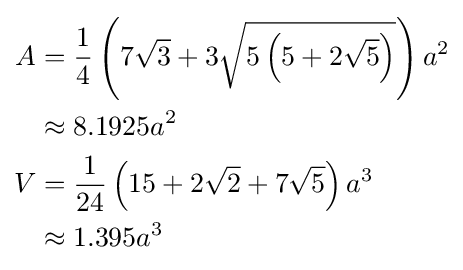
{\begin{aligned}A&={\frac {1}{4}}\left(7{\sqrt {3}}+3{\sqrt {5\left(5+2{\sqrt {5}}\right)}}\right)a^{2}\\&\approx 8.1925a^{2}\\V&={\frac {1}{24}}\left(15+2{\sqrt {2}}+7{\sqrt {5}}\right)a^{3}\\&\approx 1.395a^{3}\end{aligned}}